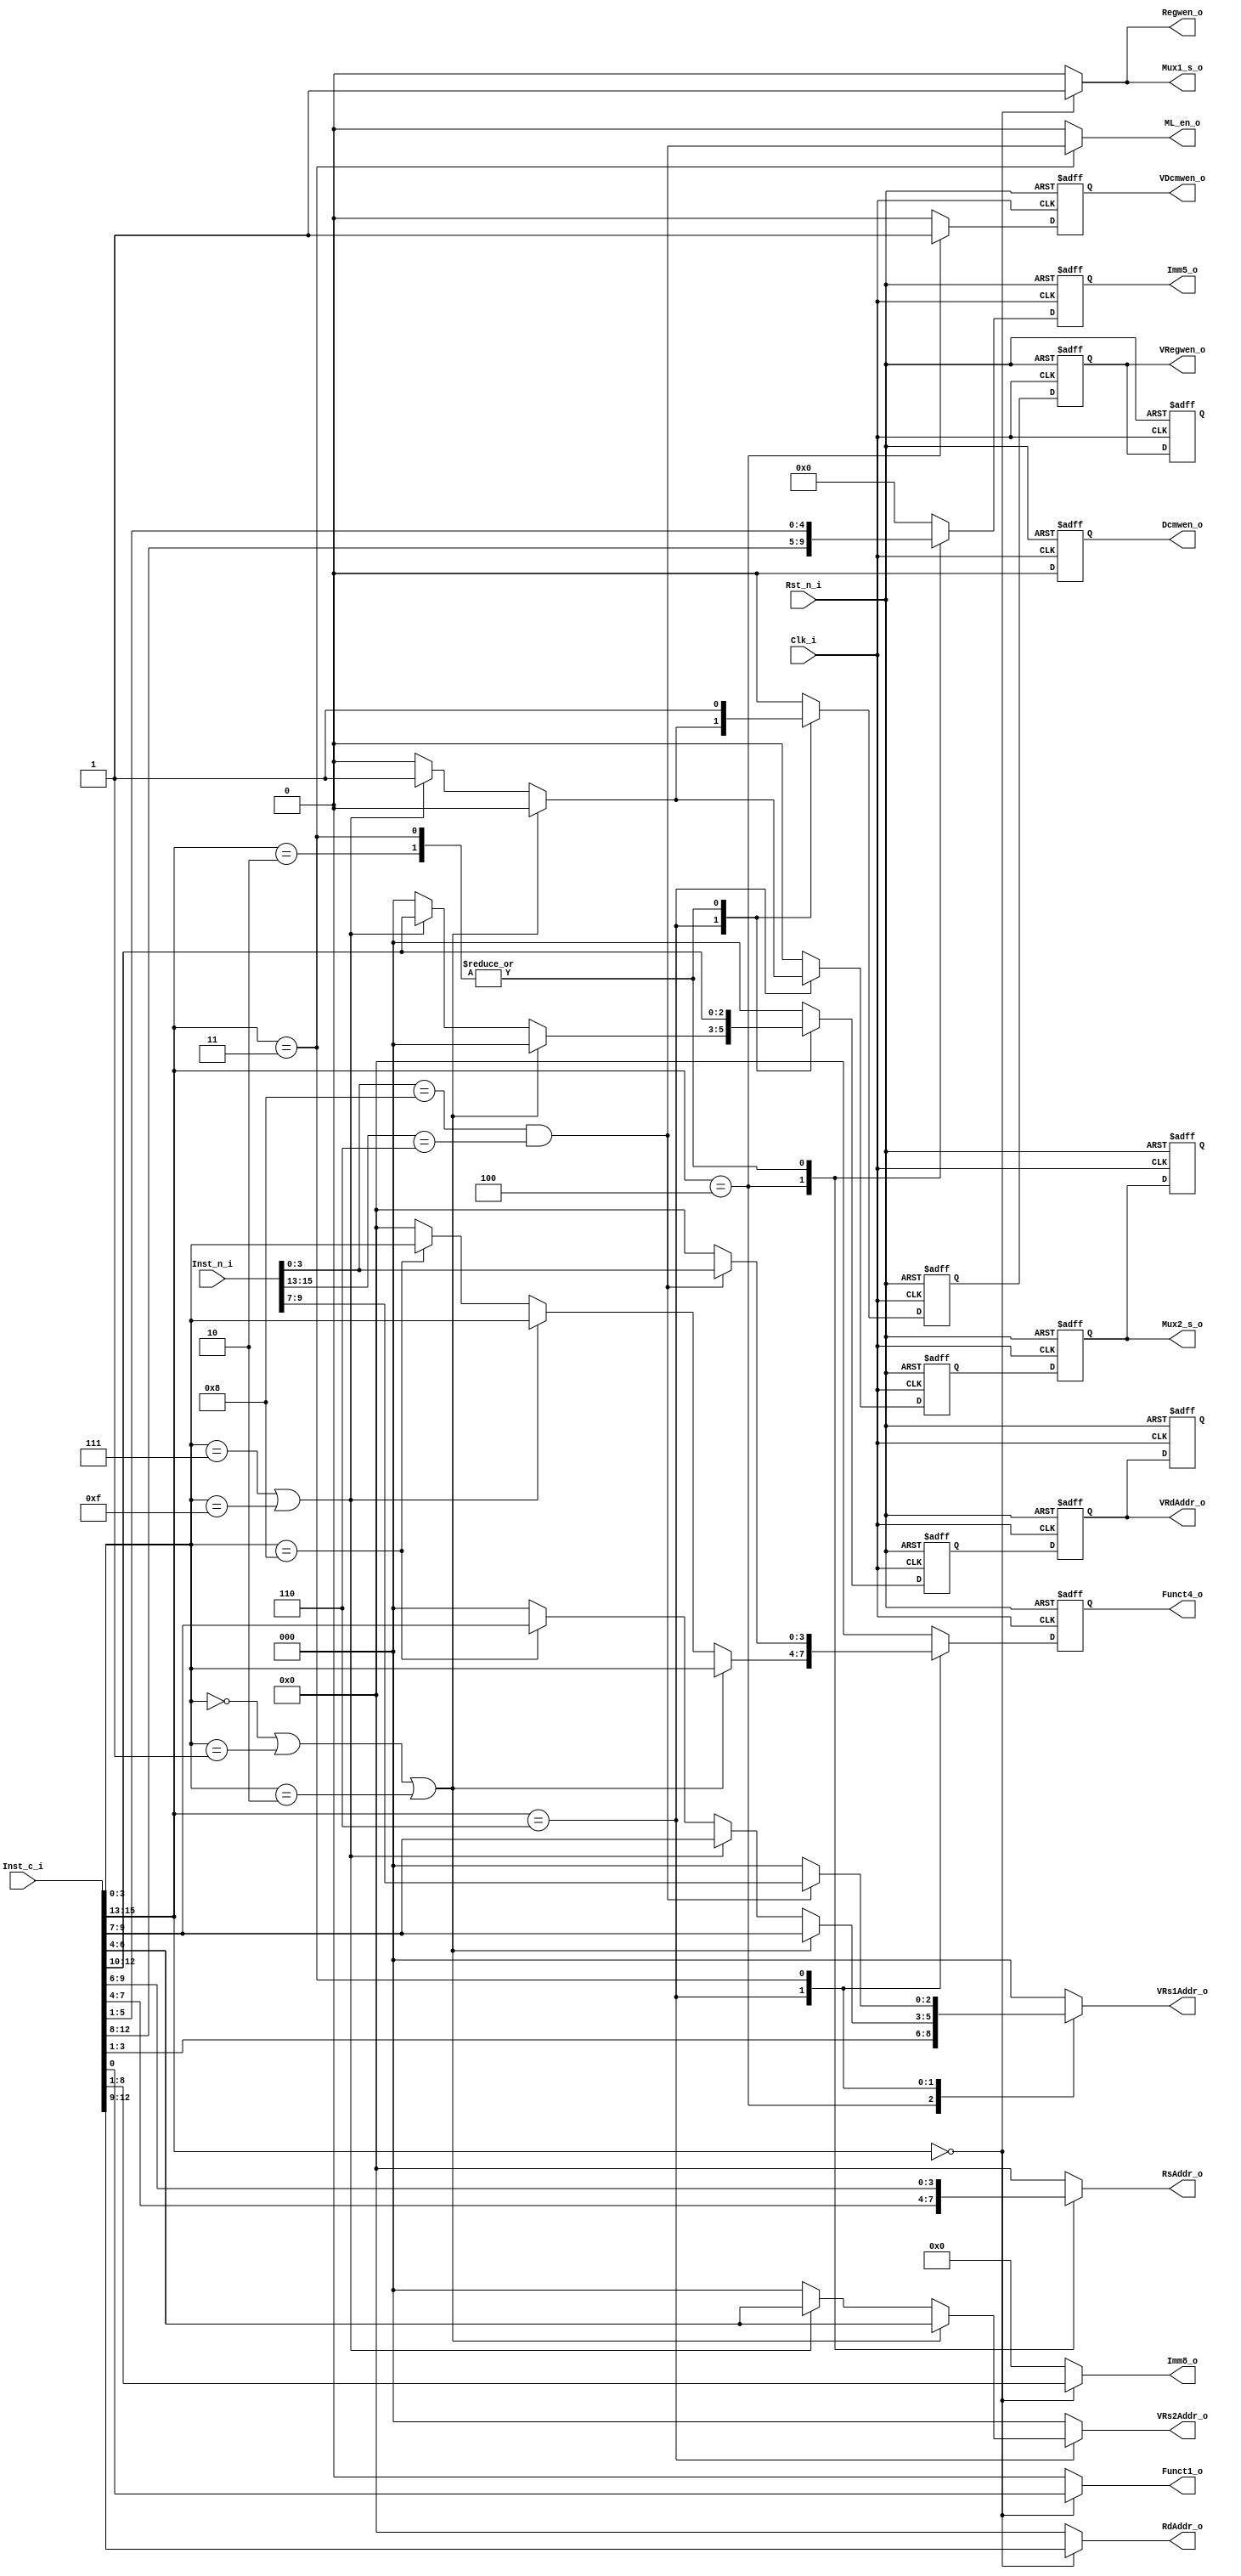
module decode#(
parameter ISAW		= 16,
parameter OPW 		= 3 ,

parameter REGAW 	= 4 ,
parameter REGDW 	= 16,
parameter VREGAW 	= 3,

parameter IMMW5 	= 5 ,
parameter IMMW8 	= 8 ,

parameter MEMAW 		= 5 ,
parameter MEMDW 		= 16,
parameter MEMN			= 32,

parameter MOV 			= 3'b000,
parameter M_MOV 		= 3'b001,

parameter VLOAD 		= 3'b010,
parameter M_VLOAD 	= 3'b011,

parameter VSTORE 		= 3'b100,
parameter M_VSTORE 	= 3'b101,

parameter VMAC			= 3'b110,
parameter M_VMAC		= 3'b111
)(

input							Clk_i			,
input							Rst_n_i		,
input [ISAW-1	 :0]Inst_c_i	,
input [ISAW-1	 :0]Inst_n_i	,

//Multiply Launch 
output reg				ML_en_o		,

//Ctrl
output 						Mux2_s_o 	,
output						VRegwen_o	,
output						Dcmwen_o 	,
output						VDcmwen_o	,
output 						Mux1_s_o	,
output 						Funct1_o	,
output[3:0] 			Funct4_o	,
output						Regwen_o 	,
output[REGAW-1 :0]RdAddr_o	,
output[REGAW-1 :0]RsAddr_o	,
output[VREGAW-1:0]VRdAddr_o	,
output[VREGAW-1:0]VRs1Addr_o,
output[VREGAW-1:0]VRs2Addr_o,
output[IMMW8-1 :0]Imm8_o		,
output[IMMW5-1 :0]Imm5_o
);

//decode
wire 		[OPW-1:0]			 opcode_c	;
wire 		[OPW-1:0]			 opcode_n	;
(* keep = "true" *)reg[REGAW-1 :0]RdAddr		;
(* keep = "true" *)reg[REGAW-1 :0]RsAddr		;

(* keep = "true" *)reg[VREGAW-1:0]VRs1Addr	;
(* keep = "true" *)reg[VREGAW-1:0]VRs2Addr	;
(* keep = "true" *)reg[IMMW8-1 :0]Imm8			;

//access_mem
(* keep = "true" *)reg[IMMW5-1 :0]Imm5			;
(* keep = "true" *)reg[IMMW5-1 :0]Imm5_d		;
(* keep = "true" *)reg						 Dcmwen 	;
(* keep = "true" *)reg						 Dcmwen_d ;
(* keep = "true" *)reg						 VDcmwen	;
(* keep = "true" *)reg						 VDcmwen_d;

//execute
(* keep = "true" *)reg 					Funct1		;
(* keep = "true" *)reg[3:0] 			Funct4		;
(* keep = "true" *)reg[3:0] 			Funct4_d	;

//write_back
(* keep = "true" *)reg 					Mux1_s		;
(* keep = "true" *)reg 					Mux2_s 		;
(* keep = "true" *)reg 					Mux2_s_d 	;
(* keep = "true" *)reg 					Mux2_s_2d ;
(* keep = "true" *)reg 					Mux2_s_3d ;
(* keep = "true" *)reg						Regwen 		;
(* keep = "true" *)reg						VRegwen		;
(* keep = "true" *)reg						VRegwen_d	;
(* keep = "true" *)reg						VRegwen_2d;
(* keep = "true" *)reg						VRegwen_3d;

(* keep = "true" *)reg[VREGAW-1:0]VRdAddr		;
(* keep = "true" *)reg[VREGAW-1:0]VRdAddr_d	;
(* keep = "true" *)reg[VREGAW-1:0]VRdAddr_2d;
(* keep = "true" *)reg[VREGAW-1:0]VRdAddr_3d;

//opcode_c
assign opcode_c = Inst_c_i[ISAW-1:ISAW-3];

//opcode_n
assign opcode_n = Inst_n_i[ISAW-1:ISAW-3];

//ML_en_o
always @(*) begin
	case(opcode_c)
		MOV 		:ML_en_o = 1'b0;
		VLOAD 	:ML_en_o = 1'b0;
		VSTORE 	:ML_en_o = 1'b0;
		VMAC		:ML_en_o = 1'b0;
    M_VLOAD	:ML_en_o = (Inst_n_i[3:0] == 4'b1000) && (opcode_n == VMAC);
		default :ML_en_o = 1'b0;
	endcase
end

/*decode*/
always @(*)begin
		case(opcode_c)
			MOV 		:	begin
									RdAddr[3:0] 	= Inst_c_i[12:9];
									Imm8[7:0]			= Inst_c_i[8:1];
									Funct1				= Inst_c_i[0];
									Mux1_s      	= 1'b1;
									Regwen      	= 1'b1;
									VRdAddr[2:0] 	= 3'b000;
									VRs1Addr[2:0] = 3'b000;
									VRs2Addr[2:0] = 3'b000;
									Funct4  [3:0] = 4'b0000;
									Imm5	 [4:0] 	= 5'b00000;
									RsAddr [3:0] 	= 4'b0000;
									Mux2_s 				= 1'b0;
									VRegwen	      = 1'b0;
									Dcmwen 	      = 1'b0;
									VDcmwen	      = 1'b0;	
								end
			VLOAD		:	begin
									VRdAddr[2:0] = Inst_c_i[12:10];
									RsAddr [3:0] = Inst_c_i[9:6];
									Imm5	 [4:0] = Inst_c_i[5:1];
									Mux2_s 				= 1'b0;
									VRegwen				= 1'b1;
									//other
									Mux1_s      	= 1'b0;
									Regwen      	= 1'b0;
									RdAddr[3:0] 	= 4'b0000;
									Imm8[7:0]			= 8'h00;
									Funct1				= 1'b0;
									VRs1Addr[2:0] = 3'b000;
									VRs2Addr[2:0] = 3'b000;
									Funct4  [3:0] = 4'b0000;
									Dcmwen 				= 1'b0;
									VDcmwen				= 1'b0;
								end
			VSTORE	: begin
									Imm5	 [4:0] = Inst_c_i[12:8];
									RsAddr [3:0] = Inst_c_i[7:4];
									VRs1Addr[2:0]= Inst_c_i[3:1];
									VDcmwen	      = 1'b1;
									//other
									Mux1_s      	= 1'b0;
									Regwen      	= 1'b0;
									RdAddr[3:0] 	= 4'b0000;
									Imm8[7:0]			= 8'h00;
									Funct1				= 1'b0;
									VRdAddr[2:0] 	= 3'b000;
									VRs2Addr[2:0] = 3'b000;
									Funct4  [3:0] = 4'b0000;	
									Mux2_s 				= 1'b0;     
									VRegwen	      = 1'b0;
									Dcmwen 	      = 1'b0;	
								end
			VMAC		:	begin
									if((Inst_c_i[3:0] == 4'b0000) || (Inst_c_i[3:0] == 4'b0001) || (Inst_c_i[3:0] == 4'b0010))begin
										Funct4  [3:0] = Inst_c_i[3:0];
										VRs1Addr[2:0] = Inst_c_i[9:7];
										VRs2Addr[2:0] = Inst_c_i[6:4];
										//others
										VRdAddr[2:0] 	= 3'b000;
										RdAddr[3:0] 	= 4'b0000;
										Imm8[7:0]			= 8'h00;
										Funct1				= 1'b0;
										Mux1_s      	= 1'b0;
										Regwen      	= 1'b0;
										RsAddr [3:0] 	= 4'b0000;
										Imm5	 [4:0] 	= 5'b00000;
										Mux2_s 				= 1'b0;
										VRegwen	      = 1'b0;
										Dcmwen 	      = 1'b0;
										VDcmwen				= 1'b0;					
									end
									else if((Inst_c_i[3:0] == 4'b0111)||(Inst_c_i[3:0] == 4'b1111))begin
										Funct4  [3:0] = Inst_c_i[3:0];
										VRdAddr[2:0] 	= Inst_c_i[12:10];
										VRs1Addr[2:0] = Inst_c_i[9:7];
										VRs2Addr[2:0] = Inst_c_i[6:4];
										Mux2_s 				= 1'b1;
										VRegwen	      = 1'b1;
										//others
										RdAddr[3:0] 	= 4'b0000;
										Imm8[7:0]			= 8'h00;
										Funct1				= 1'b0;
										Mux1_s      	= 1'b0;
										Regwen      	= 1'b0;
										RsAddr [3:0] 	= 4'b0000;
										Imm5	 [4:0] 	= 5'b00000;
										Dcmwen 	      = 1'b0;
										VDcmwen				= 1'b0;					
									end
									else if(Inst_c_i[3:0] == 4'b1000)begin
										Funct4  [3:0] = Inst_c_i[3:0];
										VRs1Addr[2:0] = Inst_c_i[9:7];
										//others
										VRs2Addr[2:0] = 3'b000;
										VRdAddr[2:0] 	= 3'b000;
										RdAddr[3:0] 	= 4'b0000;
										Imm8[7:0]			= 8'h00;
										Funct1				= 1'b0;
										Mux1_s      	= 1'b0;
										Regwen      	= 1'b0;
										RsAddr [3:0] 	= 4'b0000;
										Imm5	 [4:0] 	= 5'b00000;
										Mux2_s 				= 1'b0;
										VRegwen	      = 1'b0;
										Dcmwen 	      = 1'b0;
										VDcmwen				= 1'b0;					
									end
									else begin
										Funct4  [3:0] = 4'b0000;
										VRdAddr[2:0] 	= 3'b000;
										VRs1Addr[2:0] = 3'b000;
										VRs2Addr[2:0] = 3'b000;
										RdAddr[3:0] 	= 4'b0000;
										Imm8[7:0]			= 8'h00;
										Funct1				= 1'b0;
										Mux1_s      	= 1'b0;
										Regwen      	= 1'b0;
										RsAddr [3:0] 	= 4'b0000;
										Imm5	 [4:0] 	= 5'b00000;
										Mux2_s 				= 1'b0;
										VRegwen	      = 1'b0;
										Dcmwen 	      = 1'b0;
										VDcmwen				= 1'b0;					
									end				
								end
			M_VLOAD	:	begin
								if((Inst_n_i[3:0] == 4'b1000) && (opcode_n == VMAC))begin
									Funct4  [3:0] = Inst_n_i[3:0];
									VRs1Addr[2:0] = Inst_n_i[9:7];
									//next ins
									VRdAddr[2:0] = Inst_c_i[12:10];
									RsAddr [3:0] = Inst_c_i[9:6];
									Imm5	 [4:0] = Inst_c_i[5:1];
									Mux2_s 				= 1'b0;
									VRegwen				= 1'b1;
									//others
									VRs2Addr[2:0] = 3'b000;
									RdAddr[3:0] 	= 4'b0000;
									Imm8[7:0]			= 8'h00;
									Funct1				= 1'b0;
									Mux1_s      	= 1'b0;
									Regwen      	= 1'b0;
									Dcmwen 	      = 1'b0;
									VDcmwen				= 1'b0;	
								end
								else begin
									VRdAddr[2:0] = Inst_c_i[12:10];
									RsAddr [3:0] = Inst_c_i[9:6];
									Imm5	 [4:0] = Inst_c_i[5:1];
									Mux2_s 				= 1'b0;
									VRegwen				= 1'b1;
									//other
									Mux1_s      	= 1'b0;
									Regwen      	= 1'b0;
									RdAddr[3:0] 	= 4'b0000;
									Imm8[7:0]			= 8'h00;
									Funct1				= 1'b0;
									VRs1Addr[2:0] = 3'b000;
									VRs2Addr[2:0] = 3'b000;
									Funct4  [3:0] = 4'b0000;
									Dcmwen 				= 1'b0;
									VDcmwen				= 1'b0;				
								end				
								end					
			default	: begin
									RdAddr[3:0] 	= 4'b0000;
									Imm8[7:0]			= 8'h00;
									Funct1				= 1'b0;
									Mux1_s      	= 1'b0;
									Regwen      	= 1'b0;
									VRdAddr[2:0] 	= 3'b000;
									VRs1Addr[2:0] = 3'b000;
									VRs2Addr[2:0] = 3'b000;
									Funct4  [3:0] = 4'b0000;
									Imm5	 [4:0] 	= 5'b00000;
									RsAddr [3:0] 	= 4'b0000;	
									Mux2_s 				= 1'b0;
									VRegwen	      = 1'b0;
									Dcmwen 	      = 1'b0;
									VDcmwen				= 1'b0;		
								end
		endcase
end

//Mux1_s_o
assign Mux1_s_o = Mux1_s;

//Funct1_o
assign Funct1_o = Funct1;

//Regwen_o
assign Regwen_o 	= Regwen 	;

//RdAddr_o
assign RdAddr_o		= RdAddr	;

//RsAddr_o
assign RsAddr_o		= RsAddr	;



//VRs1Addr_o
assign VRs1Addr_o	= VRs1Addr;

//VRs2Addr_o
assign VRs2Addr_o	= VRs2Addr;

//Imm8_o
assign Imm8_o			= Imm8		;

/*access_mem*/
//Dcmwen_d
always@(posedge Clk_i or negedge Rst_n_i) begin
	if(~Rst_n_i)
		Dcmwen_d <= 1'b0;
	else 
		Dcmwen_d <= Dcmwen;
end

//Dcmwen_o
assign Dcmwen_o = Dcmwen_d; 

//VDcmwen_d
always@(posedge Clk_i or negedge Rst_n_i) begin
	if(~Rst_n_i)
		VDcmwen_d <= 1'b0;
	else 
		VDcmwen_d <= VDcmwen;
end

//VDcmwen_o
assign VDcmwen_o = VDcmwen_d;

//Imm5_d
always@(posedge Clk_i or negedge Rst_n_i) begin
	if(~Rst_n_i)
		Imm5_d <= 5'b00000;
	else 
		Imm5_d <= Imm5;
end

//Imm5_o
assign Imm5_o = Imm5_d;

/*execute*/
//Funct4_d
always@(posedge Clk_i or negedge Rst_n_i) begin
	if(~Rst_n_i)
		Funct4_d <= 4'b0000;
	else	
		Funct4_d <= Funct4;
end

//Funct4_o
assign Funct4_o = Funct4_d;

/*write_back*/ 		 	  
//Mux2_s_d
always@(posedge Clk_i or negedge Rst_n_i) begin
	if(~Rst_n_i)
		Mux2_s_d <= 1'b0;
	else
		Mux2_s_d <= Mux2_s;
end

//Mux2_s_2d
always@(posedge Clk_i or negedge Rst_n_i) begin
	if(~Rst_n_i)
		Mux2_s_2d <= 1'b0;
	else
		Mux2_s_2d <= Mux2_s_d;
end

//Mux2_s_3d
always@(posedge Clk_i or negedge Rst_n_i) begin
	if(~Rst_n_i)
		Mux2_s_3d <= 1'b0;
	else
		Mux2_s_3d <= Mux2_s_2d;
end

//Mux2_s_o
assign Mux2_s_o = Mux2_s_2d;

//VRegwen_d
always@(posedge Clk_i or negedge Rst_n_i) begin
	if(~Rst_n_i)
		VRegwen_d <= 1'b0;
	else
		VRegwen_d <= VRegwen;
end

//VRegwen_2d
always@(posedge Clk_i or negedge Rst_n_i) begin
	if(~Rst_n_i)
		VRegwen_2d <= 1'b0;
	else
		VRegwen_2d <= VRegwen_d;
end

//VRegwen_3d
always@(posedge Clk_i or negedge Rst_n_i) begin
	if(~Rst_n_i)
		VRegwen_3d <= 1'b0;
	else
		VRegwen_3d <= VRegwen_2d;
end

//VRegwen_o
assign VRegwen_o = VRegwen_2d;

//VRdAddr_d
always@(posedge Clk_i or negedge Rst_n_i) begin
	if(~Rst_n_i)
		VRdAddr_d <= {VREGAW{1'b0}};
	else
		VRdAddr_d <= VRdAddr;
end

//VRdAddr_2d
always@(posedge Clk_i or negedge Rst_n_i) begin
	if(~Rst_n_i)
		VRdAddr_2d <= {VREGAW{1'b0}};
	else
		VRdAddr_2d <= VRdAddr_d;
end

//VRdAddr_3d
always@(posedge Clk_i or negedge Rst_n_i) begin
	if(~Rst_n_i)
		VRdAddr_3d <= {VREGAW{1'b0}};
	else
		VRdAddr_3d <= VRdAddr_2d;
end

//VRdAddr_o
assign VRdAddr_o = VRdAddr_2d;


endmodule